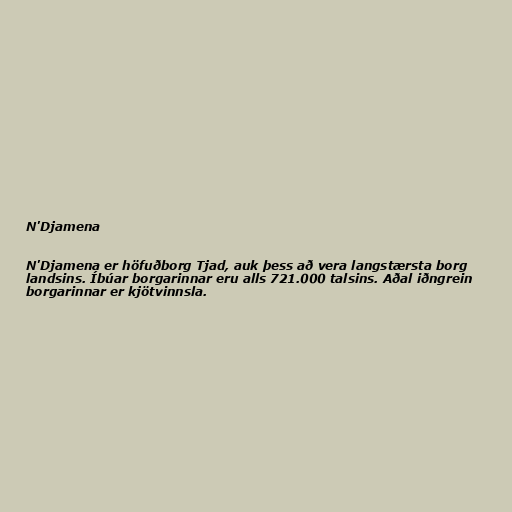
N'Djamena

N'Djamena er höfuðborg Tjad, auk þess að vera langstærsta borg
landsins. Íbúar borgarinnar eru alls 721.000 talsins. Aðal iðngrein
borgarinnar er kjötvinnsla.